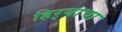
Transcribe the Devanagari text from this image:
हिर्‍याचा